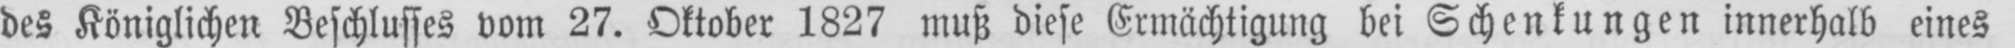
des Königlichen Beschlusses vom 27. Oktober 1827 muß diese Ermächtigung bei Schenkungen innerhalb eines